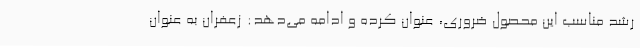
رشد مناسب این محصول ضروری، عنوان کرده و ادامه می‌دهد: زعفران به عنوان